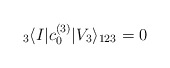
\begin{align*}{}_3\langle I|c_0^{(3)}|V_3\rangle_{123}=0\end{align*}